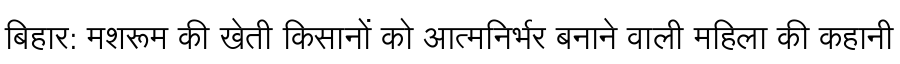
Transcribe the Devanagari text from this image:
बिहार: मशरूम की खेती किसानों को आत्मनिर्भर बनाने वाली महिला की कहानी